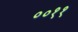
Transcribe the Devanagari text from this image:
००११